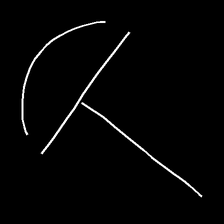
Glyph: dispersion